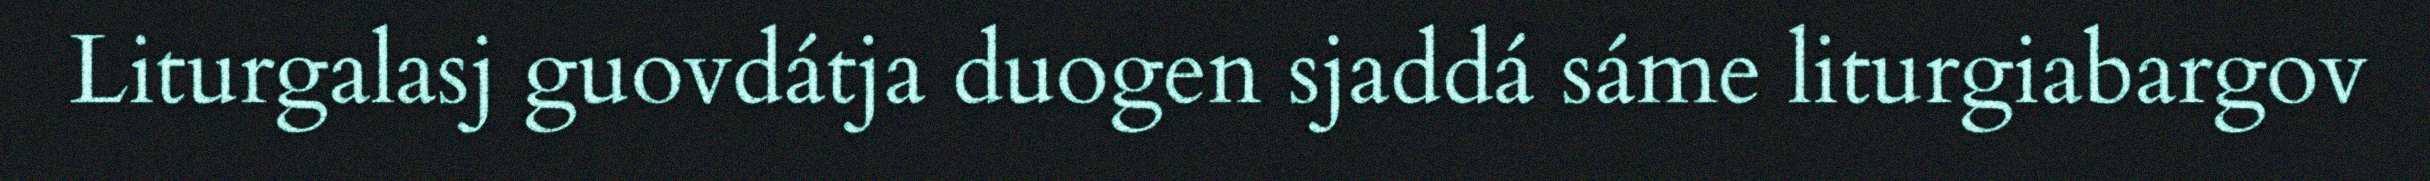
Liturgalasj guovdátja duogen sjaddá sáme liturgiabargov